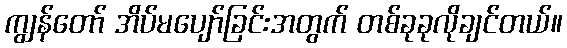
ကျွန်တော် အိပ်မပျော်ခြင်းအတွက် တစ်ခုခုလိုချင်တယ်။